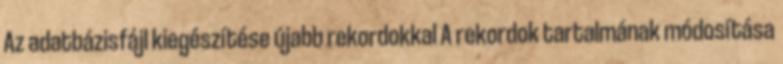
Az adatbázisfájl kiegészítése újabb rekordokkal A rekordok tartalmának módosítása